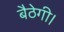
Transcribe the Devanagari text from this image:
बैठेगी।